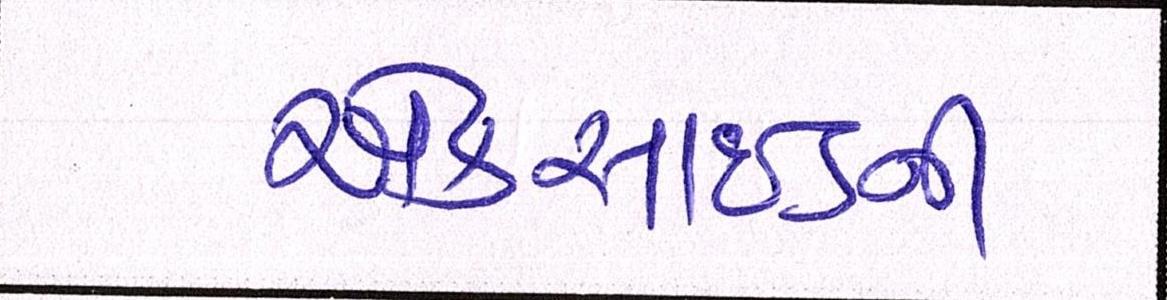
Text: એક્સાઇડની